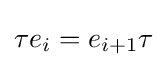
\tau e_{i}=e_{i+1}\tau